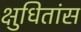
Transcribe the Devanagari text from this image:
क्षुधितांस